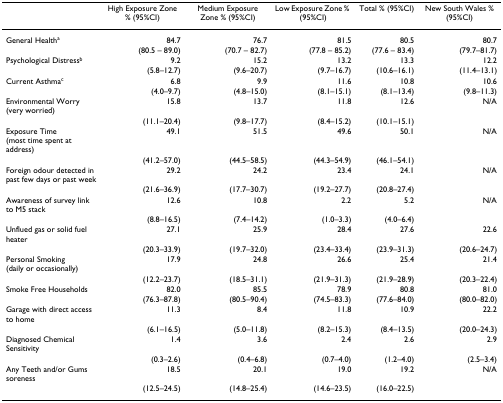
<table><thead><tr><td></td><td><b>High Exposure Zone % (95%CI)</b></td><td><b>Medium Exposure Zone % (95%CI)</b></td><td><b>Low Exposure Zone % (95%CI)</b></td><td><b>Total % (95%CI)</b></td><td><b>New South Wales % (95%CI)</b></td></tr></thead><tbody><tr><td>General Health<sup>a</sup></td><td>84.7</td><td>76.7</td><td>81.5</td><td>80.5</td><td>80.7</td></tr><tr><td></td><td>(80.5 – 89.0)</td><td>(70.7 – 82.7)</td><td>(77.8 – 85.2)</td><td>(77.6 – 83.4)</td><td>(79.7–81.7)</td></tr><tr><td>Psychological Distress<sup>b</sup></td><td>9.2</td><td>15.2</td><td>13.2</td><td>13.3</td><td>12.2</td></tr><tr><td></td><td>(5.8–12.7)</td><td>(9.6–20.7)</td><td>(9.7–16.7)</td><td>(10.6–16.1)</td><td>(11.4–13.1)</td></tr><tr><td>Current Asthma<sup>c</sup></td><td>6.8</td><td>9.9</td><td>11.6</td><td>10.8</td><td>10.6</td></tr><tr><td></td><td>(4.0–9.7)</td><td>(4.8–15.0)</td><td>(8.1–15.1)</td><td>(8.1–13.4)</td><td>(9.8–11.3)</td></tr><tr><td>Environmental Worry (very worried)</td><td>15.8</td><td>13.7</td><td>11.8</td><td>12.6</td><td>N/A</td></tr><tr><td></td><td>(11.1–20.4)</td><td>(9.8–17.7)</td><td>(8.4–15.2)</td><td>(10.1–15.1)</td><td></td></tr><tr><td>Exposure Time (most time spent at address)</td><td>49.1</td><td>51.5</td><td>49.6</td><td>50.1</td><td>N/A</td></tr><tr><td></td><td>(41.2–57.0)</td><td>(44.5–58.5)</td><td>(44.3–54.9)</td><td>(46.1–54.1)</td><td></td></tr><tr><td>Foreign odour detected in past few days or past week</td><td>29.2</td><td>24.2</td><td>23.4</td><td>24.1</td><td>N/A</td></tr><tr><td></td><td>(21.6–36.9)</td><td>(17.7–30.7)</td><td>(19.2–27.7)</td><td>(20.8–27.4)</td><td></td></tr><tr><td>Awareness of survey link to M5 stack</td><td>12.6</td><td>10.8</td><td>2.2</td><td>5.2</td><td>N/A</td></tr><tr><td></td><td>(8.8–16.5)</td><td>(7.4–14.2)</td><td>(1.0–3.3)</td><td>(4.0–6.4)</td><td></td></tr><tr><td>Unflued gas or solid fuel heater</td><td>27.1</td><td>25.9</td><td>28.4</td><td>27.6</td><td>22.6</td></tr><tr><td></td><td>(20.3–33.9)</td><td>(19.7–32.0)</td><td>(23.4–33.4)</td><td>(23.9–31.3)</td><td>(20.6–24.7)</td></tr><tr><td>Personal Smoking (daily or occasionally)</td><td>17.9</td><td>24.8</td><td>26.6</td><td>25.4</td><td>21.4</td></tr><tr><td></td><td>(12.2–23.7)</td><td>(18.5–31.1)</td><td>(21.9–31.3)</td><td>(21.9–28.9)</td><td>(20.3–22.4)</td></tr><tr><td>Smoke Free Households</td><td>82.0</td><td>85.5</td><td>78.9</td><td>80.8</td><td>81.0</td></tr><tr><td></td><td>(76.3–87.8)</td><td>(80.5–90.4)</td><td>(74.5–83.3)</td><td>(77.6–84.0)</td><td>(80.0–82.0)</td></tr><tr><td>Garage with direct access to home</td><td>11.3</td><td>8.4</td><td>11.8</td><td>10.9</td><td>22.2</td></tr><tr><td></td><td>(6.1–16.5)</td><td>(5.0–11.8)</td><td>(8.2–15.3)</td><td>(8.4–13.5)</td><td>(20.0–24.3)</td></tr><tr><td>Diagnosed Chemical Sensitivity</td><td>1.4</td><td>3.6</td><td>2.4</td><td>2.6</td><td>2.9</td></tr><tr><td></td><td>(0.3–2.6)</td><td>(0.4–6.8)</td><td>(0.7–4.0)</td><td>(1.2–4.0)</td><td>(2.5–3.4)</td></tr><tr><td>Any Teeth and/or Gums soreness</td><td>18.5</td><td>20.1</td><td>19.0</td><td>19.2</td><td>N/A</td></tr><tr><td></td><td>(12.5–24.5)</td><td>(14.8–25.4)</td><td>(14.6–23.5)</td><td>(16.0–22.5)</td><td></td></tr></tbody></table>